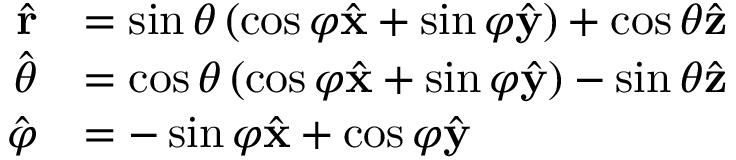
{ \begin{array} { r l } { { \hat { \mathbf { r } } } } & { = \sin \theta \left( \cos \varphi { \hat { \mathbf { x } } } + \sin \varphi { \hat { \mathbf { y } } } \right) + \cos \theta { \hat { \mathbf { z } } } } \\ { { \hat { \boldsymbol { \theta } } } } & { = \cos \theta \left( \cos \varphi { \hat { \mathbf { x } } } + \sin \varphi { \hat { \mathbf { y } } } \right) - \sin \theta { \hat { \mathbf { z } } } } \\ { { \hat { \boldsymbol { \varphi } } } } & { = - \sin \varphi { \hat { \mathbf { x } } } + \cos \varphi { \hat { \mathbf { y } } } } \end{array} }